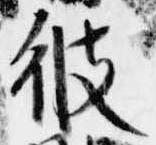
彼